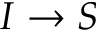
I \to S